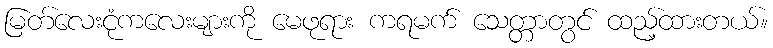
မြတ်လေးငုံကလေးများကို မေဖုရား ကရမက် သေတ္တာတွင် ထည့်ထားတယ်။